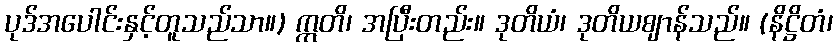
ပုဒ်အပေါင်းနှင့်တူသည်သာ။) ဣတိ၊ အပြီးတည်း။ ဒုတိယံ၊ ဒုတိယဈာန်သည်။ (နိဋ္ဌိတံ၊